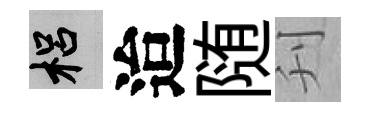
梠迨随刋